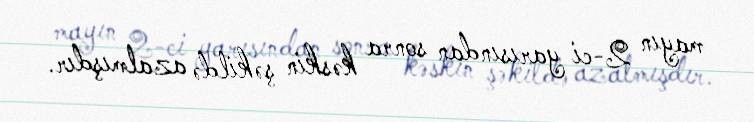
mayın 2-ci yarısından sonra kəskin şəkildə azalmışdır.